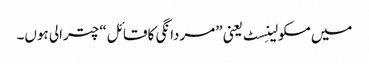
میں مسکولینِسٹ یعنی ”مردانگی کا قائل“ چترالی ہوں۔